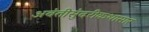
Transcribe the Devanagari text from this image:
अवंतीसुंदरीकथासार